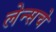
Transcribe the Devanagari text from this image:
लेन्सचे